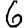
Digit: 6